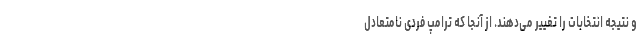
و نتیجه انتخابات را تغییر می‌دهند. از آنجا که ترامپ فردی نامتعادل